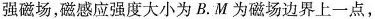
强磁场，磁感应强度大小为B.M为磁场边界上一点，